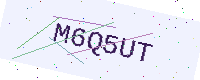
Text: M6Q5UT